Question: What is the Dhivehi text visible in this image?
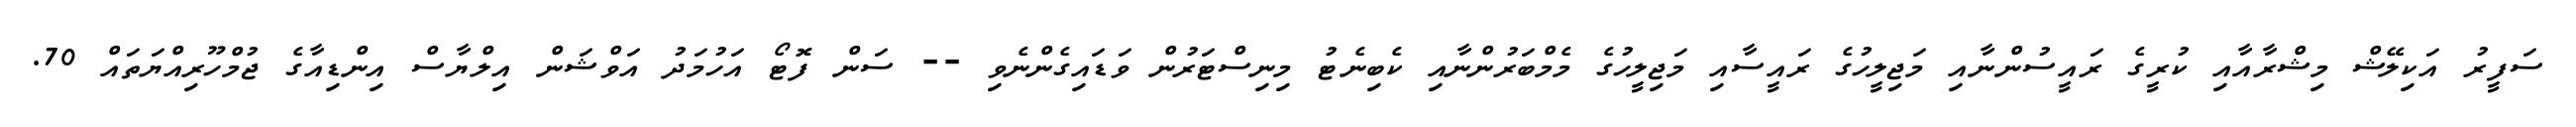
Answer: ސަފީރު އަކިލޭޝް މިޝްރާއާއި ކުރީގެ ރައީސުންނާއި މަޖިލީހުގެ ރައީސާއި މަޖިލީހުގެ މެމްބަރުންނާއި ކެބިނެޓު މިނިސްޓަރުން ވަޑައިގެންނެވި -- ސަން ފޮޓޯ އަހުމަދު އަވްޝަން އިލްޔާސް އިންޑިއާގެ ޖުމްހޫރިއްޔަތައް 70.